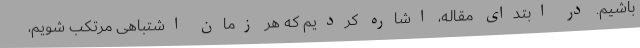
باشیم. در ابتدای مقاله، اشاره کردیم که هر زمان اشتباهی مرتکب شویم،